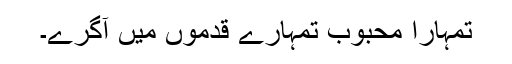
تمہارا محبوب تمہارے قدموں میں آگرے۔